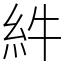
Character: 䋅